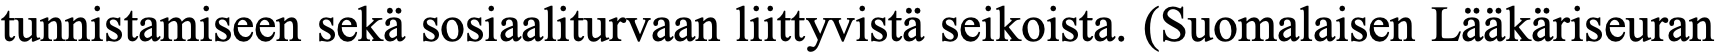
tunnistamiseen sekä sosiaaliturvaan liittyvistä seikoista. (Suomalaisen Lääkäriseuran